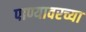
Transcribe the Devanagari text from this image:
पाण्यावरच्या